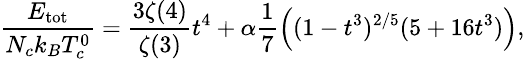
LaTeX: \small\frac{E_{\mathrm{tot}}}{N_{c}k_{B}T_{c}^{0}}=\frac{3\zeta(4)}{\zeta(3)}t^{4}+\alpha\frac{1}{7}\left((1-t^{3})^{2/5}(5+16t^{3})\right),